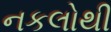
નકલોથી